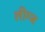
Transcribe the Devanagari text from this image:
लीग्ज